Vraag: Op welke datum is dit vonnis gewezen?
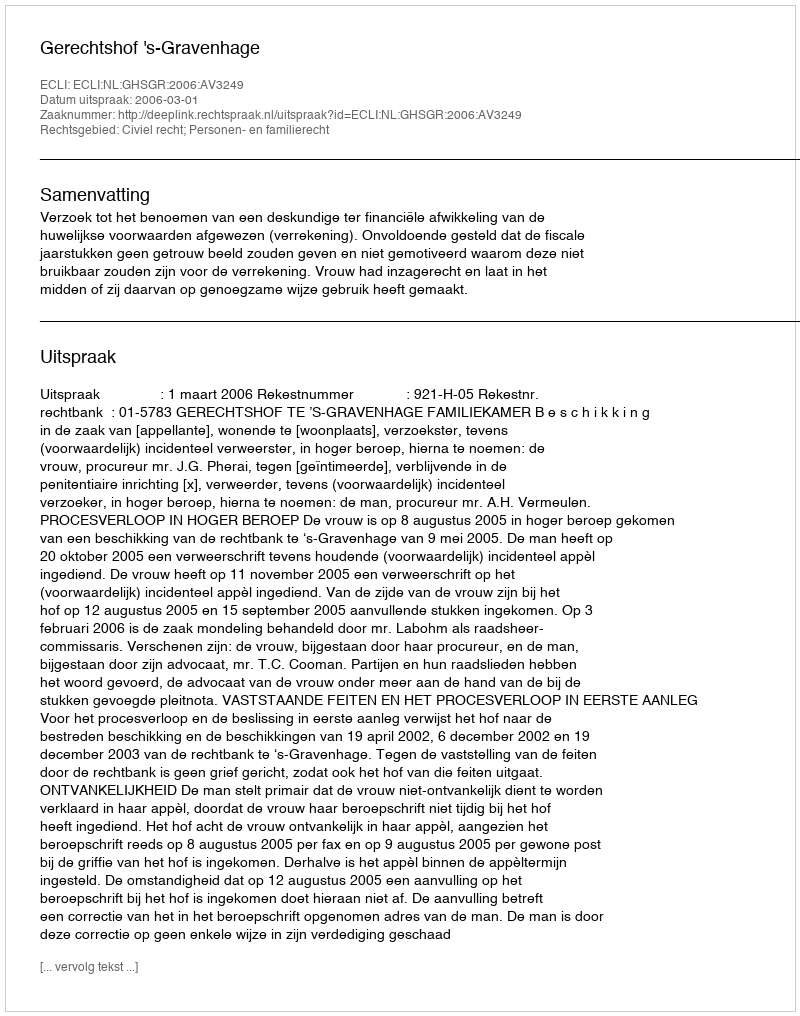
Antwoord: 2006-03-01